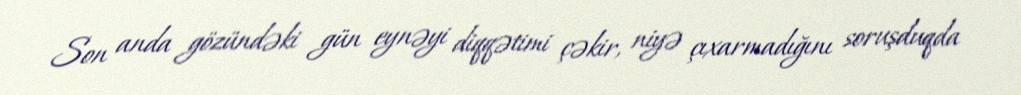
Son anda gözündəki gün eynəyi diqqətimi çəkir, niyə çıxarmadığını soruşduqda